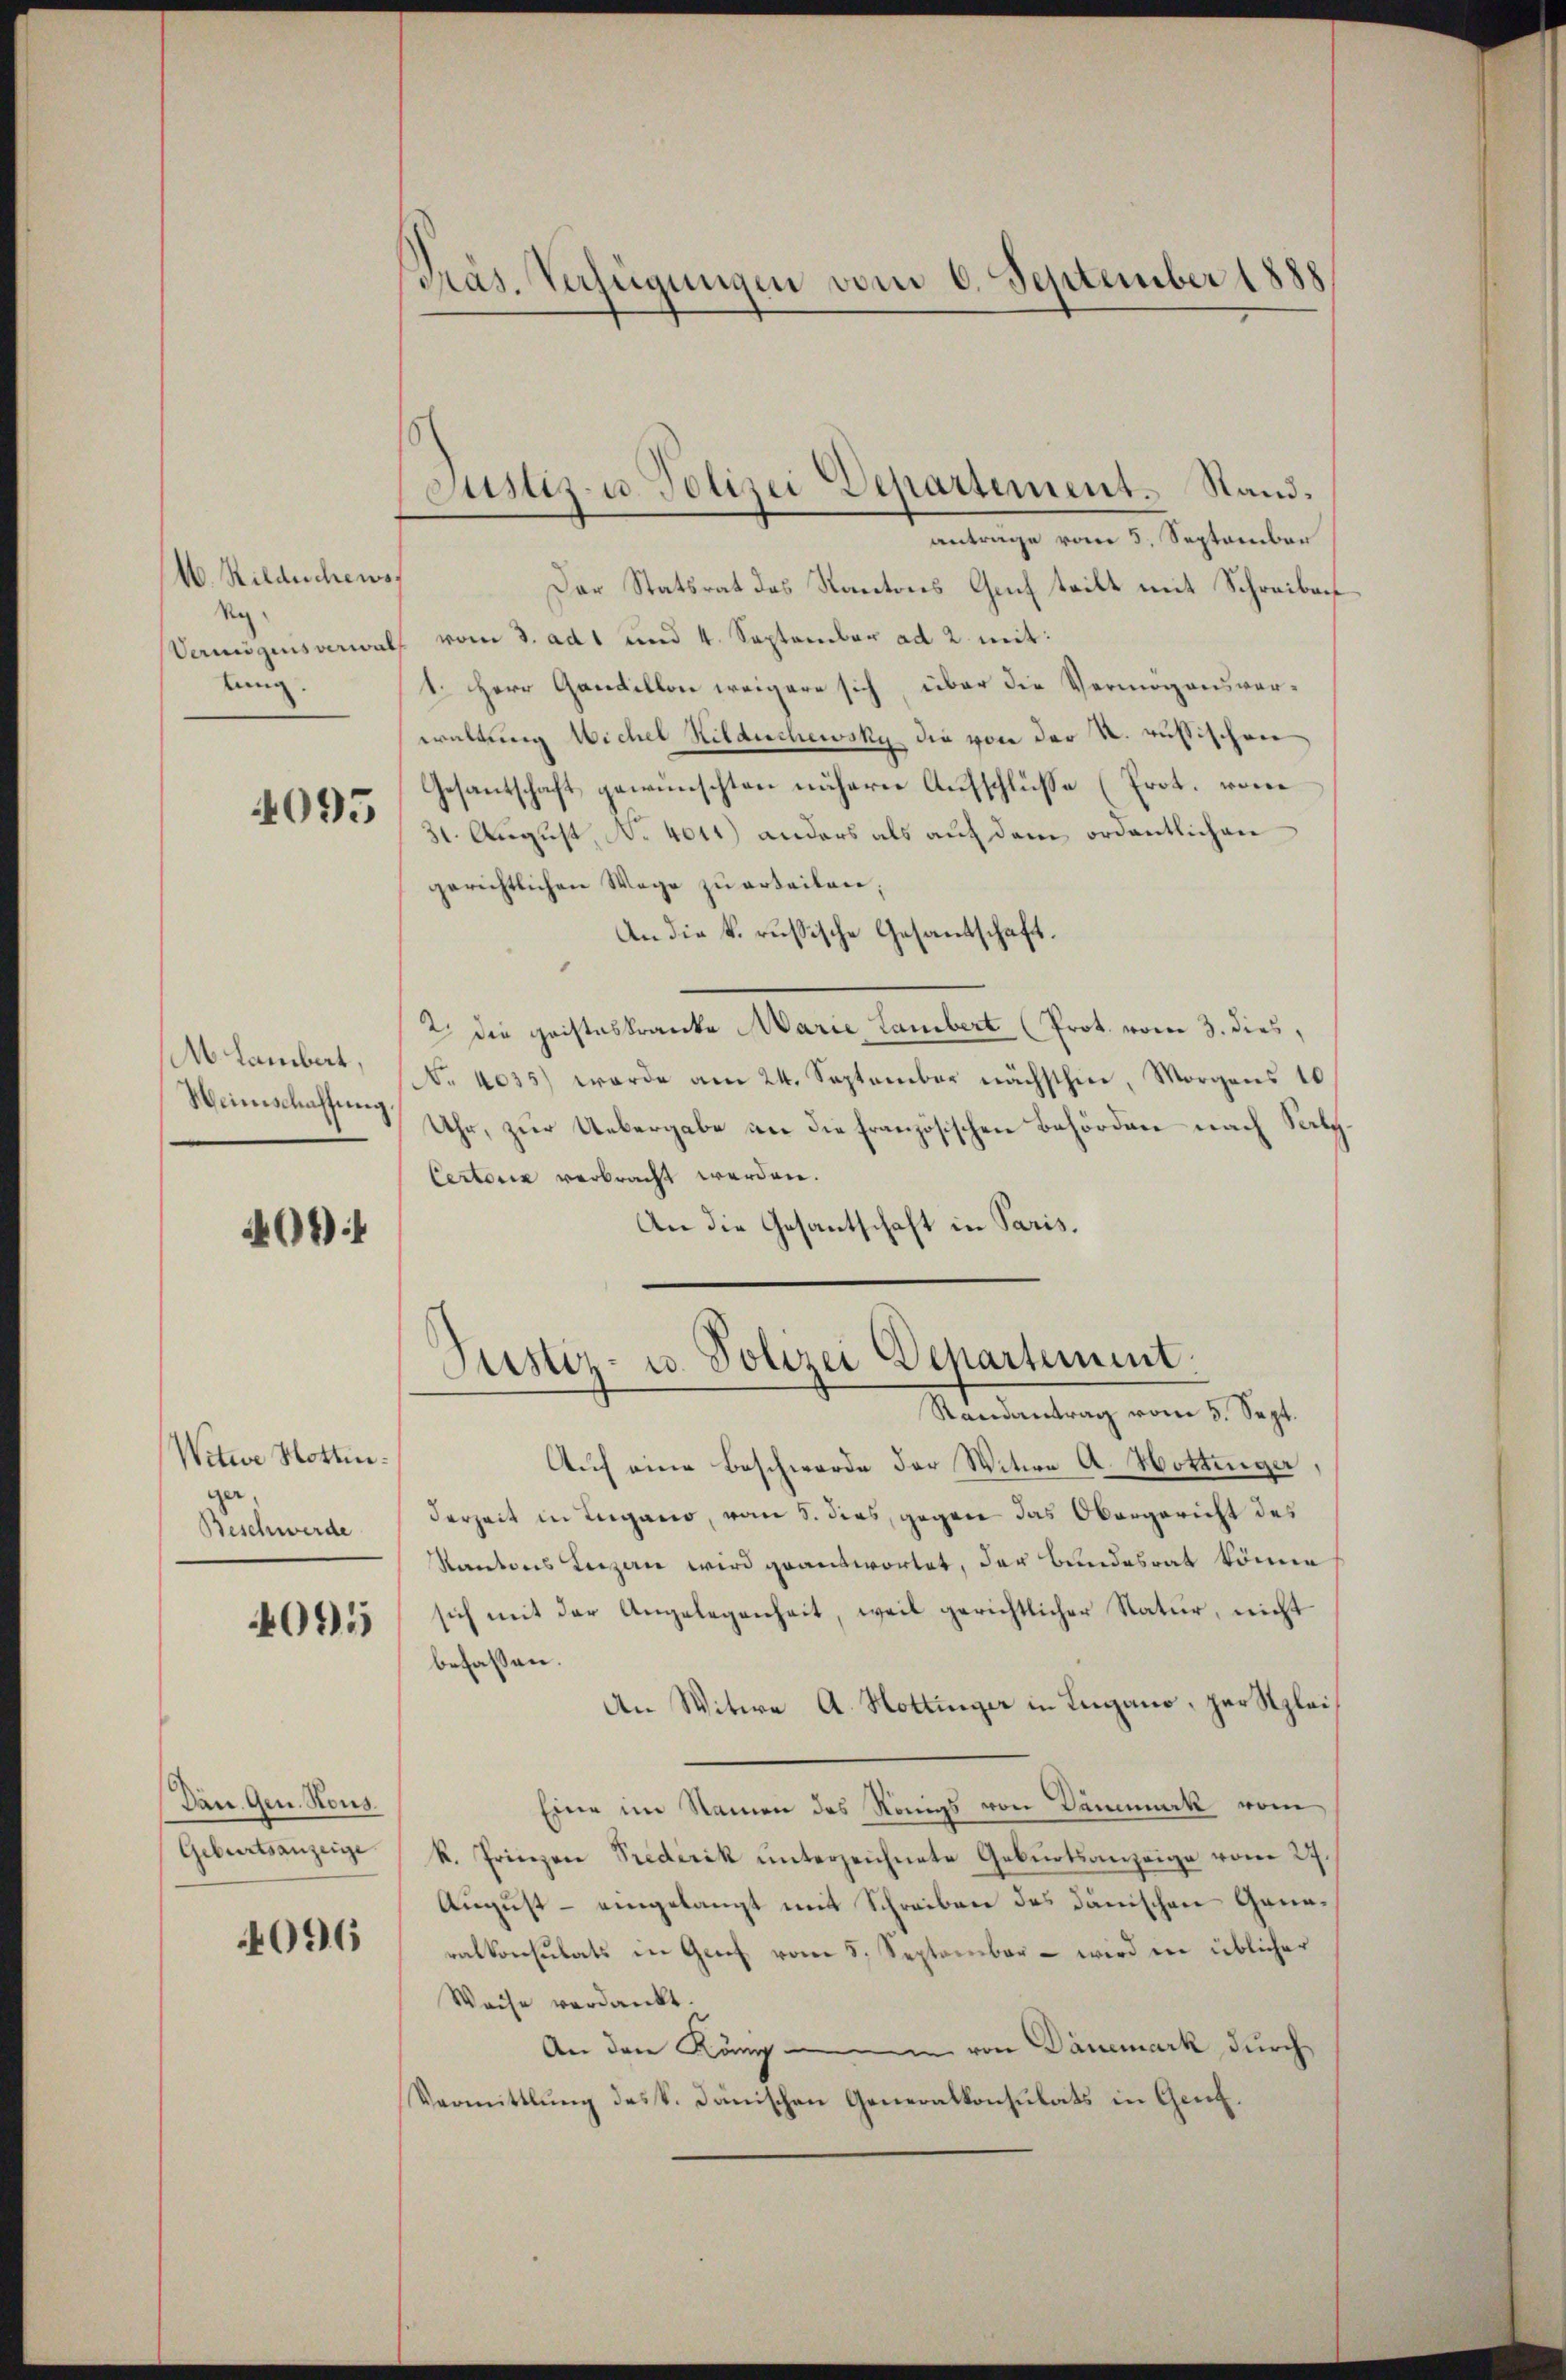
M. Hildechens
Ry.
Vermögens verwal
lung.

4095

M. Lambert,
Heinschaffung

404

Witwe Hottin.
ger
Beschwerde

401

Dan. Gen. Hous
Geburtsanzeige

4096

Präs. Verfügungen vom 6. September 1888

Justiz- u. Polizei Departement. Stand.
anträge vom 5. September

Der Statsrat des Kantons Gech teilt mit Schreiben
 vom 3. ad 1 und 4. September ad 2 mit:
1. Herr Gantillon weigere sich, über die Vermögensverwaltung Wichel Hildeschewsky die von der u. russischen
Gesantschaft gewünschten nähern Aufschlüsse (Prot. vom
31. August, No 4011) anders als auf dem ordentlichen
gerichtlichen Wege zu erteilen;
An die k. russische Gesantschaft.
2 die geisteskranke Marie Lambert (Prot. vom 3. dies,
No 4035) werde am 24. September nächsthin, Morgens 10
Uhr, zur Uebergabe an die französischen Behörden nach Salz¬
Certoria verbracht werden.
An die Gesantschaft in Paris.
Justiz- u. Polizei Departement.
Randantrag vom 5. Sept.
Auf eine Beschwerde der Witwe A. Hottinger
derzeit in Lugano, vom 8. dies, gegen das Obergericht des
Kantons Luzern wird geantwortet, das Bundesrat könne
sich mit der Angelegenheit, weil gerichtlicher Natur, nicht
befassen.
An Witwe A. Hottinger in Lugano, zur Klei¬
Eine im Namen des Königs von Dämmurk vom
R. Prinzen Predicik ŭnterzeichnete Gebŭrtsanzeige vom 27.
August – eingelangt mit Schreiben des Dänischen Ganaralkonsulats in Genf vom 5. September - wird in üblicher
Weise verdankt.
An den König von Dänemark durch
Vermittlung des S. Dänischen Generalkonsulats in Genf.